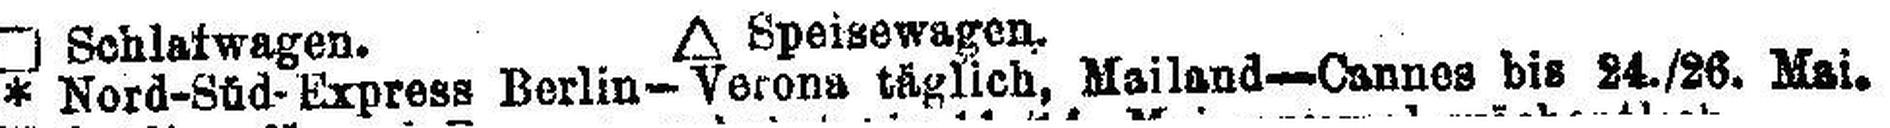
* Nord-Süd-Express Berlin-Verona täglich, Mailand-Cannes bis 24./26. Mai.